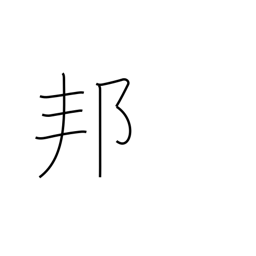
Meaning: Japan